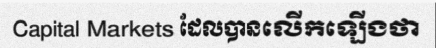
Capital Markets ដែលបានលើកឡើងថា